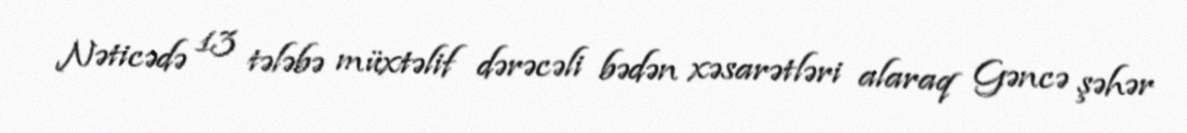
Nəticədə 13 tələbə müxtəlif dərəcəli bədən xəsarətləri alaraq Gəncə şəhər